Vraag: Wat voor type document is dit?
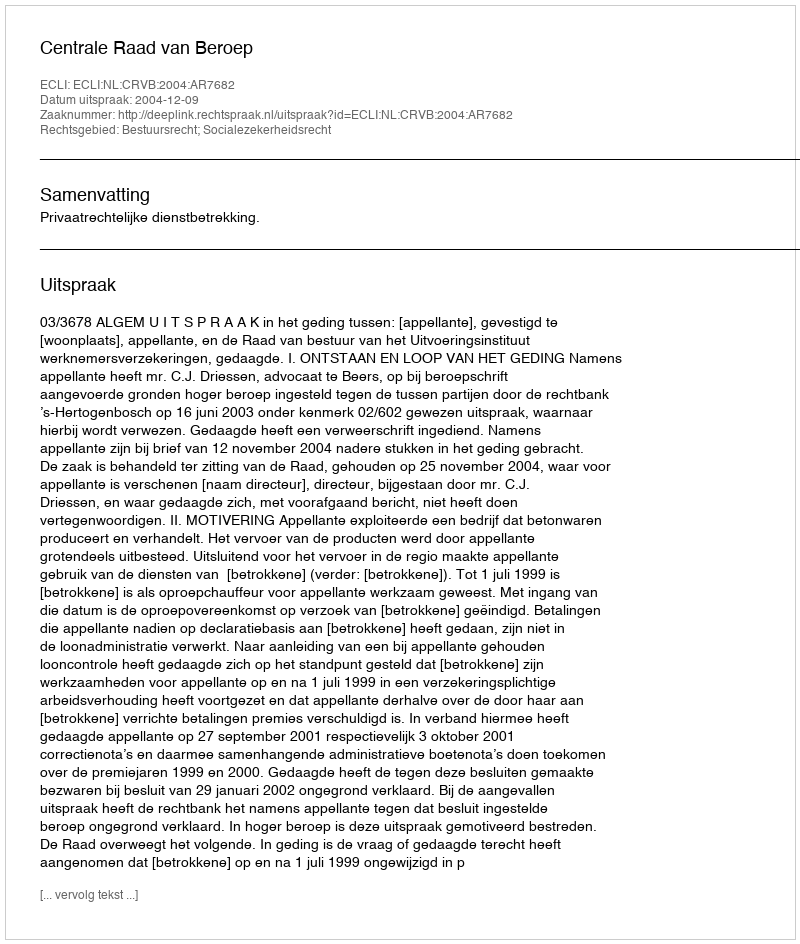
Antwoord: Uitspraak